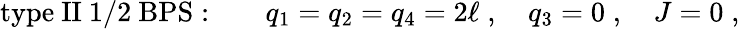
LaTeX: \mathrm{type~II~1/2~BPS:}\qquad q_{1}=q_{2}=q_{4}=2\ell\; ,\quad q_{3}=0\; ,\quad J=0\; ,